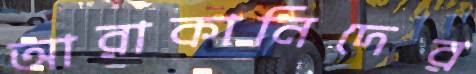
আরাকানিদের